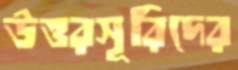
উত্তরসূরিদের